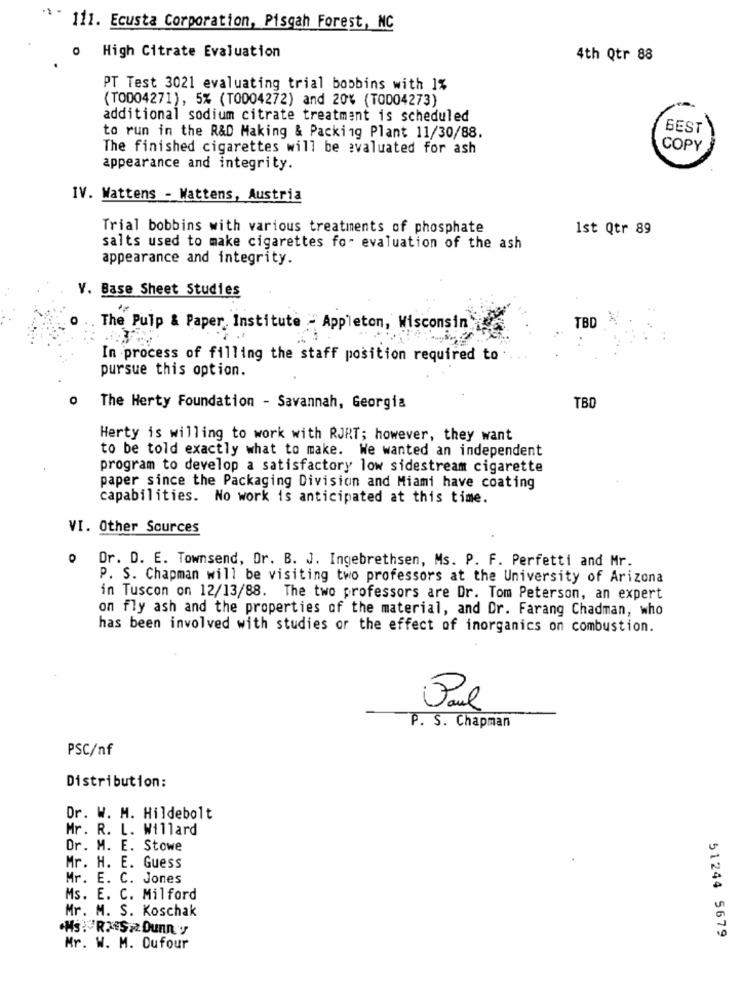
111. Ecusta Corporation, Pisgah Forest, NC
o High Citrate Evaluation
4th Qtr 88
PT Test 3021 evaluating trial bobbins with 1%
(TO004271), 5% (T0004272) and 20% (TOD04273)
additional sodium citrate treatment is scheduled
BEST
to run in the R&D Making & Packing Plant 11/30/88.
The finished cigarettes will be evaluated for ash
COPY
appearance and integrity.
IV. Wattens - Wattens, Austria
Trial bobbins with various treatments of phosphate
1st Qtr 89
salts used to make cigarettes for evaluation of the ash
appearance and integrity.
V. Base Sheet Studies
TBD
The Pulp & Paper, Institute - Appleton, Wisconsin
In process of filling the staff position required to .
pursue this option.
O
The Herty Foundation - Savannah, Georgia
TBD
Herty is willing to work with RJRT; however, they want
to be told exactly what to make. We wanted an independent
program to develop a satisfactory low sidestream cigarette
paper since the Packaging Division and Miami have coating
capabilities. No work is anticipated at this time.
VI. Other Sources
0
Dr. D. E. Townsend, Dr. B. J. Ingebrethsen, Ms. P. F. Perfetti and Mr.
P. S. Chapman will be visiting two professors at the University of Arizona
in Tuscon on 12/13/88. The two professors are Dr. Tom Peterson, an expert
on fly ash and the properties of the material, and Dr. Farang Chadman, who
has been involved with studies or the effect of inorganics on combustion.
P. S. Chapman
PSC/nf
Distribution:
Dr. W. M. Hildebolt
Mr. R. L. Willard
Dr. M. E. Stowe
Mr. H. E. Guess
Mr. E. C. Jones
Ms. E. C. Milford
Mr. M. S. Koschak
.HS: RAS Dunn'y
51244 5679
Mr. W. M. Oufour